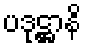
ပဒုဋ္ဌာနိ